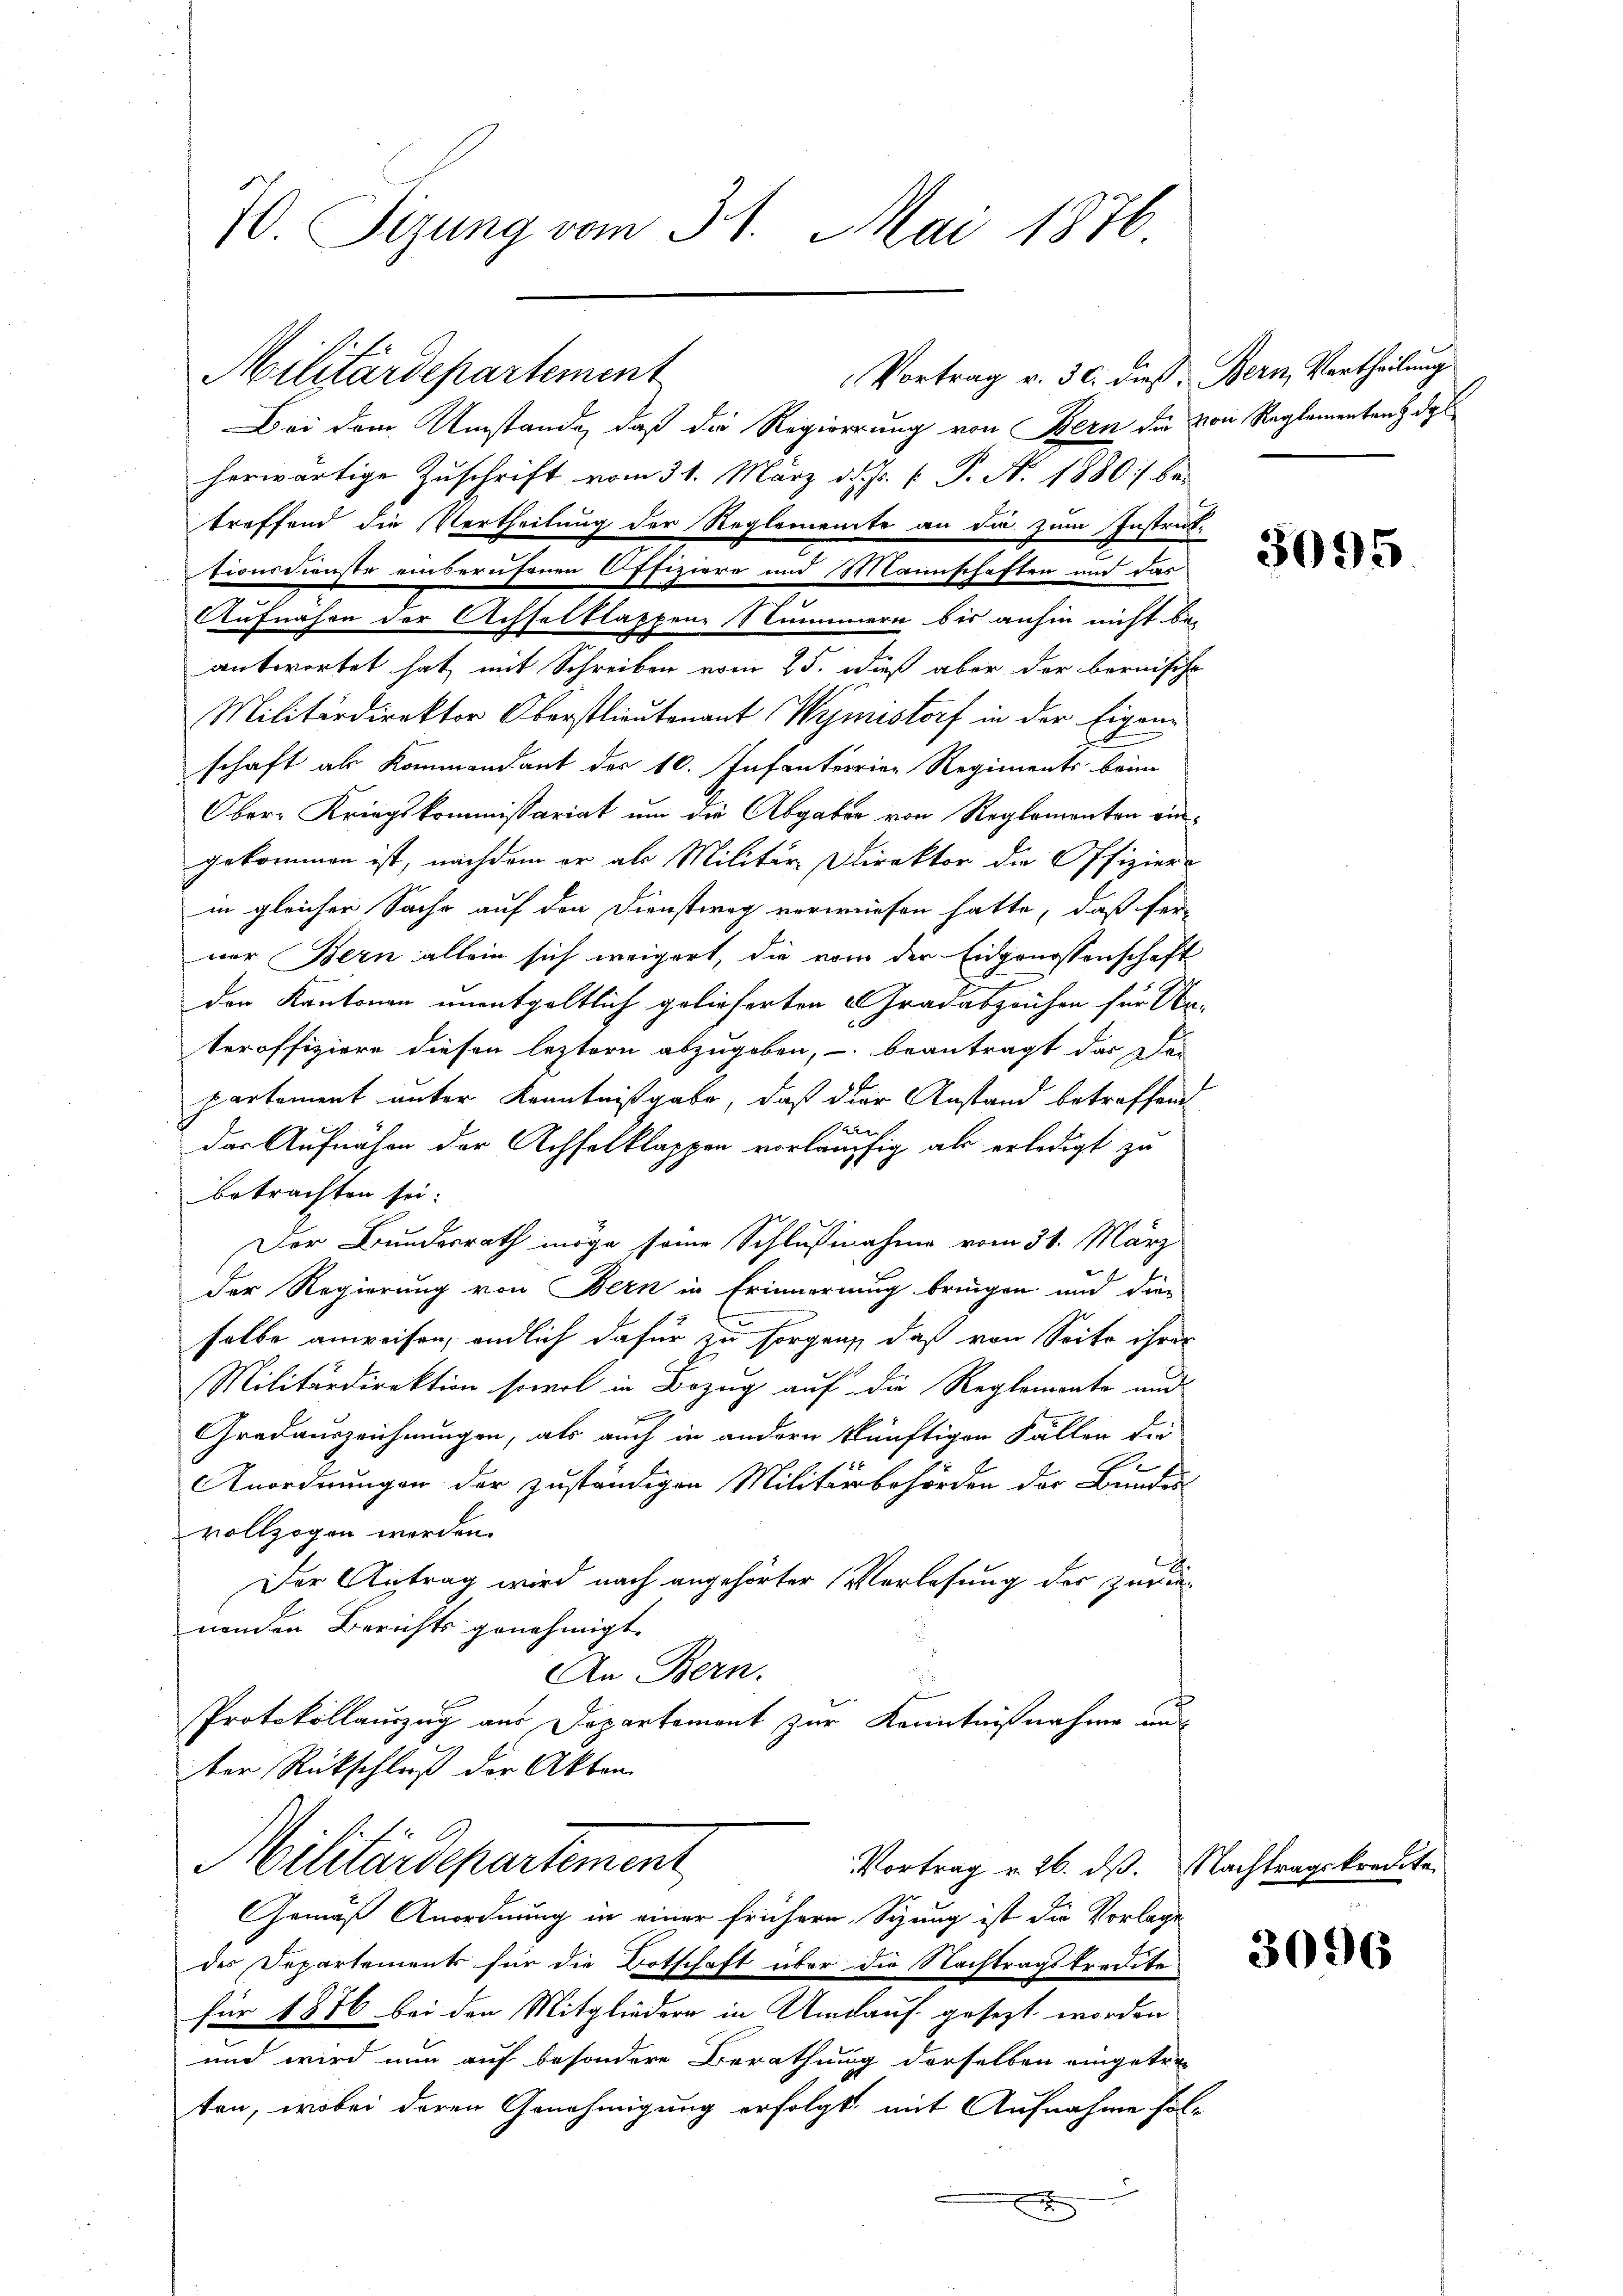
70. Sizung vom 31. Mai 1876

Militärdepartement

Vortrag v. 30. dieß, Bern Vertheilung
Bei dem Umstände, daß die Regierung von Bern die von Reglementenz das
herwärtige Zuschrift vom 31. März d. Js. v. J. A. 1880 :/ be-
treffend die Vertheilung der Reglemente an die zum Instreit-
Aufnahme der Achselklackene Nummern bis anhin nicht be-
c
antwortet hat, mit Schreiben vom 25. dieß aber der bernische
Militärdirektor Oberstlieutenant Wymistorf in der Eigenschaft als Kommandant des 10. Infanterrier Regiments beim
Ober- Kriegskommissariat um die Abgaber von Reglementen eingekommen ist, nachdem er als Militär Direktor die Offizier-
in gleichen Sache auf den Dienstweg verwiesen hatte, daß fer
ver Bern allein sich weigert, die vom der Eidgenossenschaft
den Kantonen unentgeltlich gelieferten Gradeszeichen für Ur-
teroffiziere diesen leztern abzugeben, - beantragt das Den
partement unter Kenntnißgabe, daß der Anstand betreffend
schaus
das Aufnahm der Achselklappen vorläufig als erledigt zu
betrachten sei.
Der Bunderrath möge seine Schlußnahme vom 31. März
Der Regierung von Bern in Erinnerung bringen und die-
selbe anweisen, endlich dafür zu sorgen, daß von Seite ihrer
Militärdirektion sowol in Bezug auf die Reglemente und
Fernennen
Gradauszeichnungen, als auch in andern künftigen Fällen die
Anordnungen der zuständigen Militärbehörden der Bundes-
vollzogen werden.
Der Antrag wird nach angehörter Verlesung der Zuvernenden Berichts genehmigt.
An Bern.
Protokollauszug aus Departement zur Kenntnißnahme aus
ter Rückschluß der Akten
Militärdepartement
Vortrag v. 26. ds. Nachtragskreute
Gemäß Anordnung in einer frühere Sitzung ist die Vorlage
des Departements für die Botschaft über die Nachtragskredite
für 1876 bei den Mitgliedern in Umlauf gesezt worden
und wird nun auf besondere Berathung derselben eingetre
ten, wobei deren Genehmigung erfolgt, mit Aufnahme fola
x

tionsdienste einberufenen Offiziere und Mannschaften und das

3095

2

3096